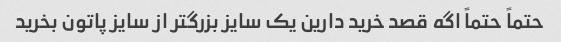
حتماً حتماً اگه قصد خرید دارین یک سایز بزرگتر از سایز پاتون بخرید